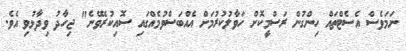
ނަމަވެސް އެސެޓްތައް ހިންގުން ރަސްމީކޮށް ހަވާލުކުރުމަށް އެއްބަސްވުމެއްގައި ސޮއިކުރެވޭނެ" ޖިހާދު ވިދާޅުވި އެވެ.